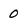
Character: 0